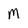
Character: M